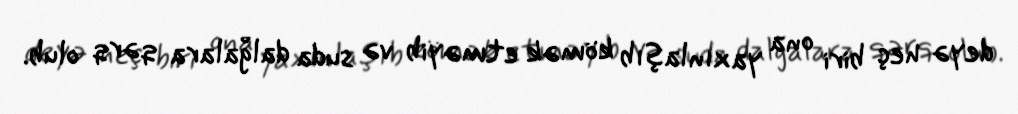
deyə heç biri ona yaxınlaşıb kömək etməyib və suda dalğalara qərq olub.